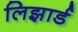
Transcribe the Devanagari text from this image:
लिझार्ड